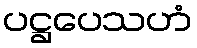
ပဋ္ဌပေသဟံ